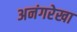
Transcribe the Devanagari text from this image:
अनंगरेखा